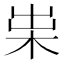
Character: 𣐯